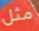
مثل